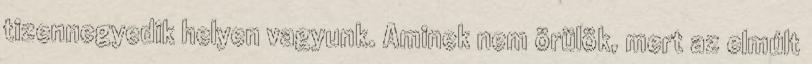
tizennegyedik helyen vagyunk. Aminek nem örülök, mert az elmúlt